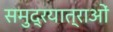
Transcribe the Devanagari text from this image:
समुद्रयात्राओं